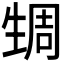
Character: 𬎹